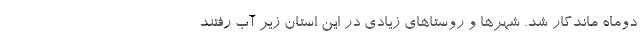
دوماه ماندگار شد. شهرها و روستاهای زیادی در این استان زیر آب رفتند